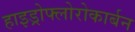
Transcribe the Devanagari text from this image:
हाइड्रोफ्लोरोकार्बन